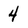
Character: 4